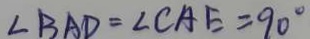
\angle B A D = \angle C A E = 9 0 ^ { \circ }